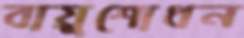
বায়ুশোধন